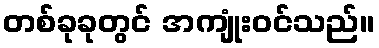
တစ်ခုခုတွင် အကျုံးဝင်သည်။